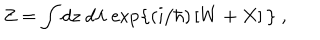
Z = \int d z \; d \lambda \; \mathrm { e x p } \big \{ ( i / \hbar ) \left[ W + X \right] \big \} ~ ,